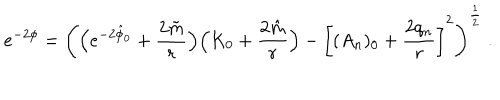
e ^ { - 2 \phi } = \left( \Bigl ( e ^ { - 2 \hat { \phi } _ { 0 } } + { \frac { 2 \tilde { m } } { r } } \Bigr ) \Bigl ( K _ { 0 } + { \frac { 2 \hat { m } } { r } } \Bigr ) - \left[ ( A _ { n } ) _ { 0 } + { \frac { 2 q _ { n } } { r } } \right] ^ { 2 } \right) ^ { \frac { 1 } { 2 } } \ .